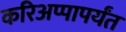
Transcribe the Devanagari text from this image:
करिअप्पापर्यंत